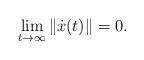
LaTeX: \begin{align*} \lim_{t\to\infty} \| \dot{x}(t) \| = 0.\end{align*}